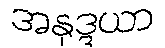
အနုဒ္ဒယာ